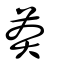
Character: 莽